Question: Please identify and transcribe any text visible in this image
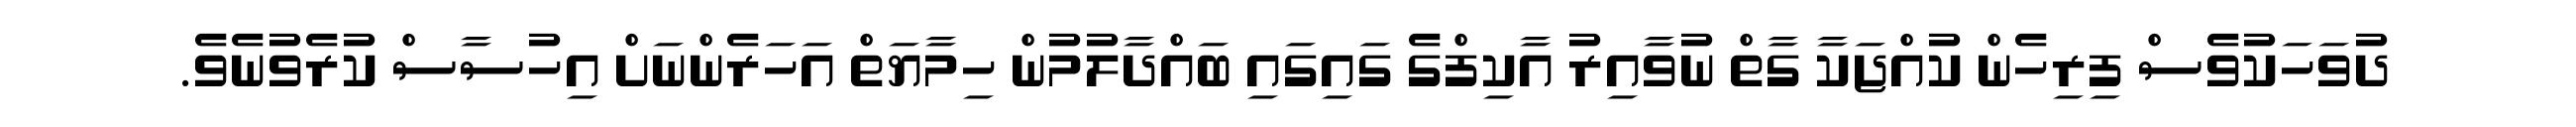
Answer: ދުވަހަކުވެސް ފިރިހެން ކުއްޖަކާ ގާތް ނުވާއިރު އާކިފްގެ ގައިގައި ބައްދާލުމުން ހިމާޔަތް އަހަރެންނަށް އިހުސާސް ކުރެވުނެވެ.